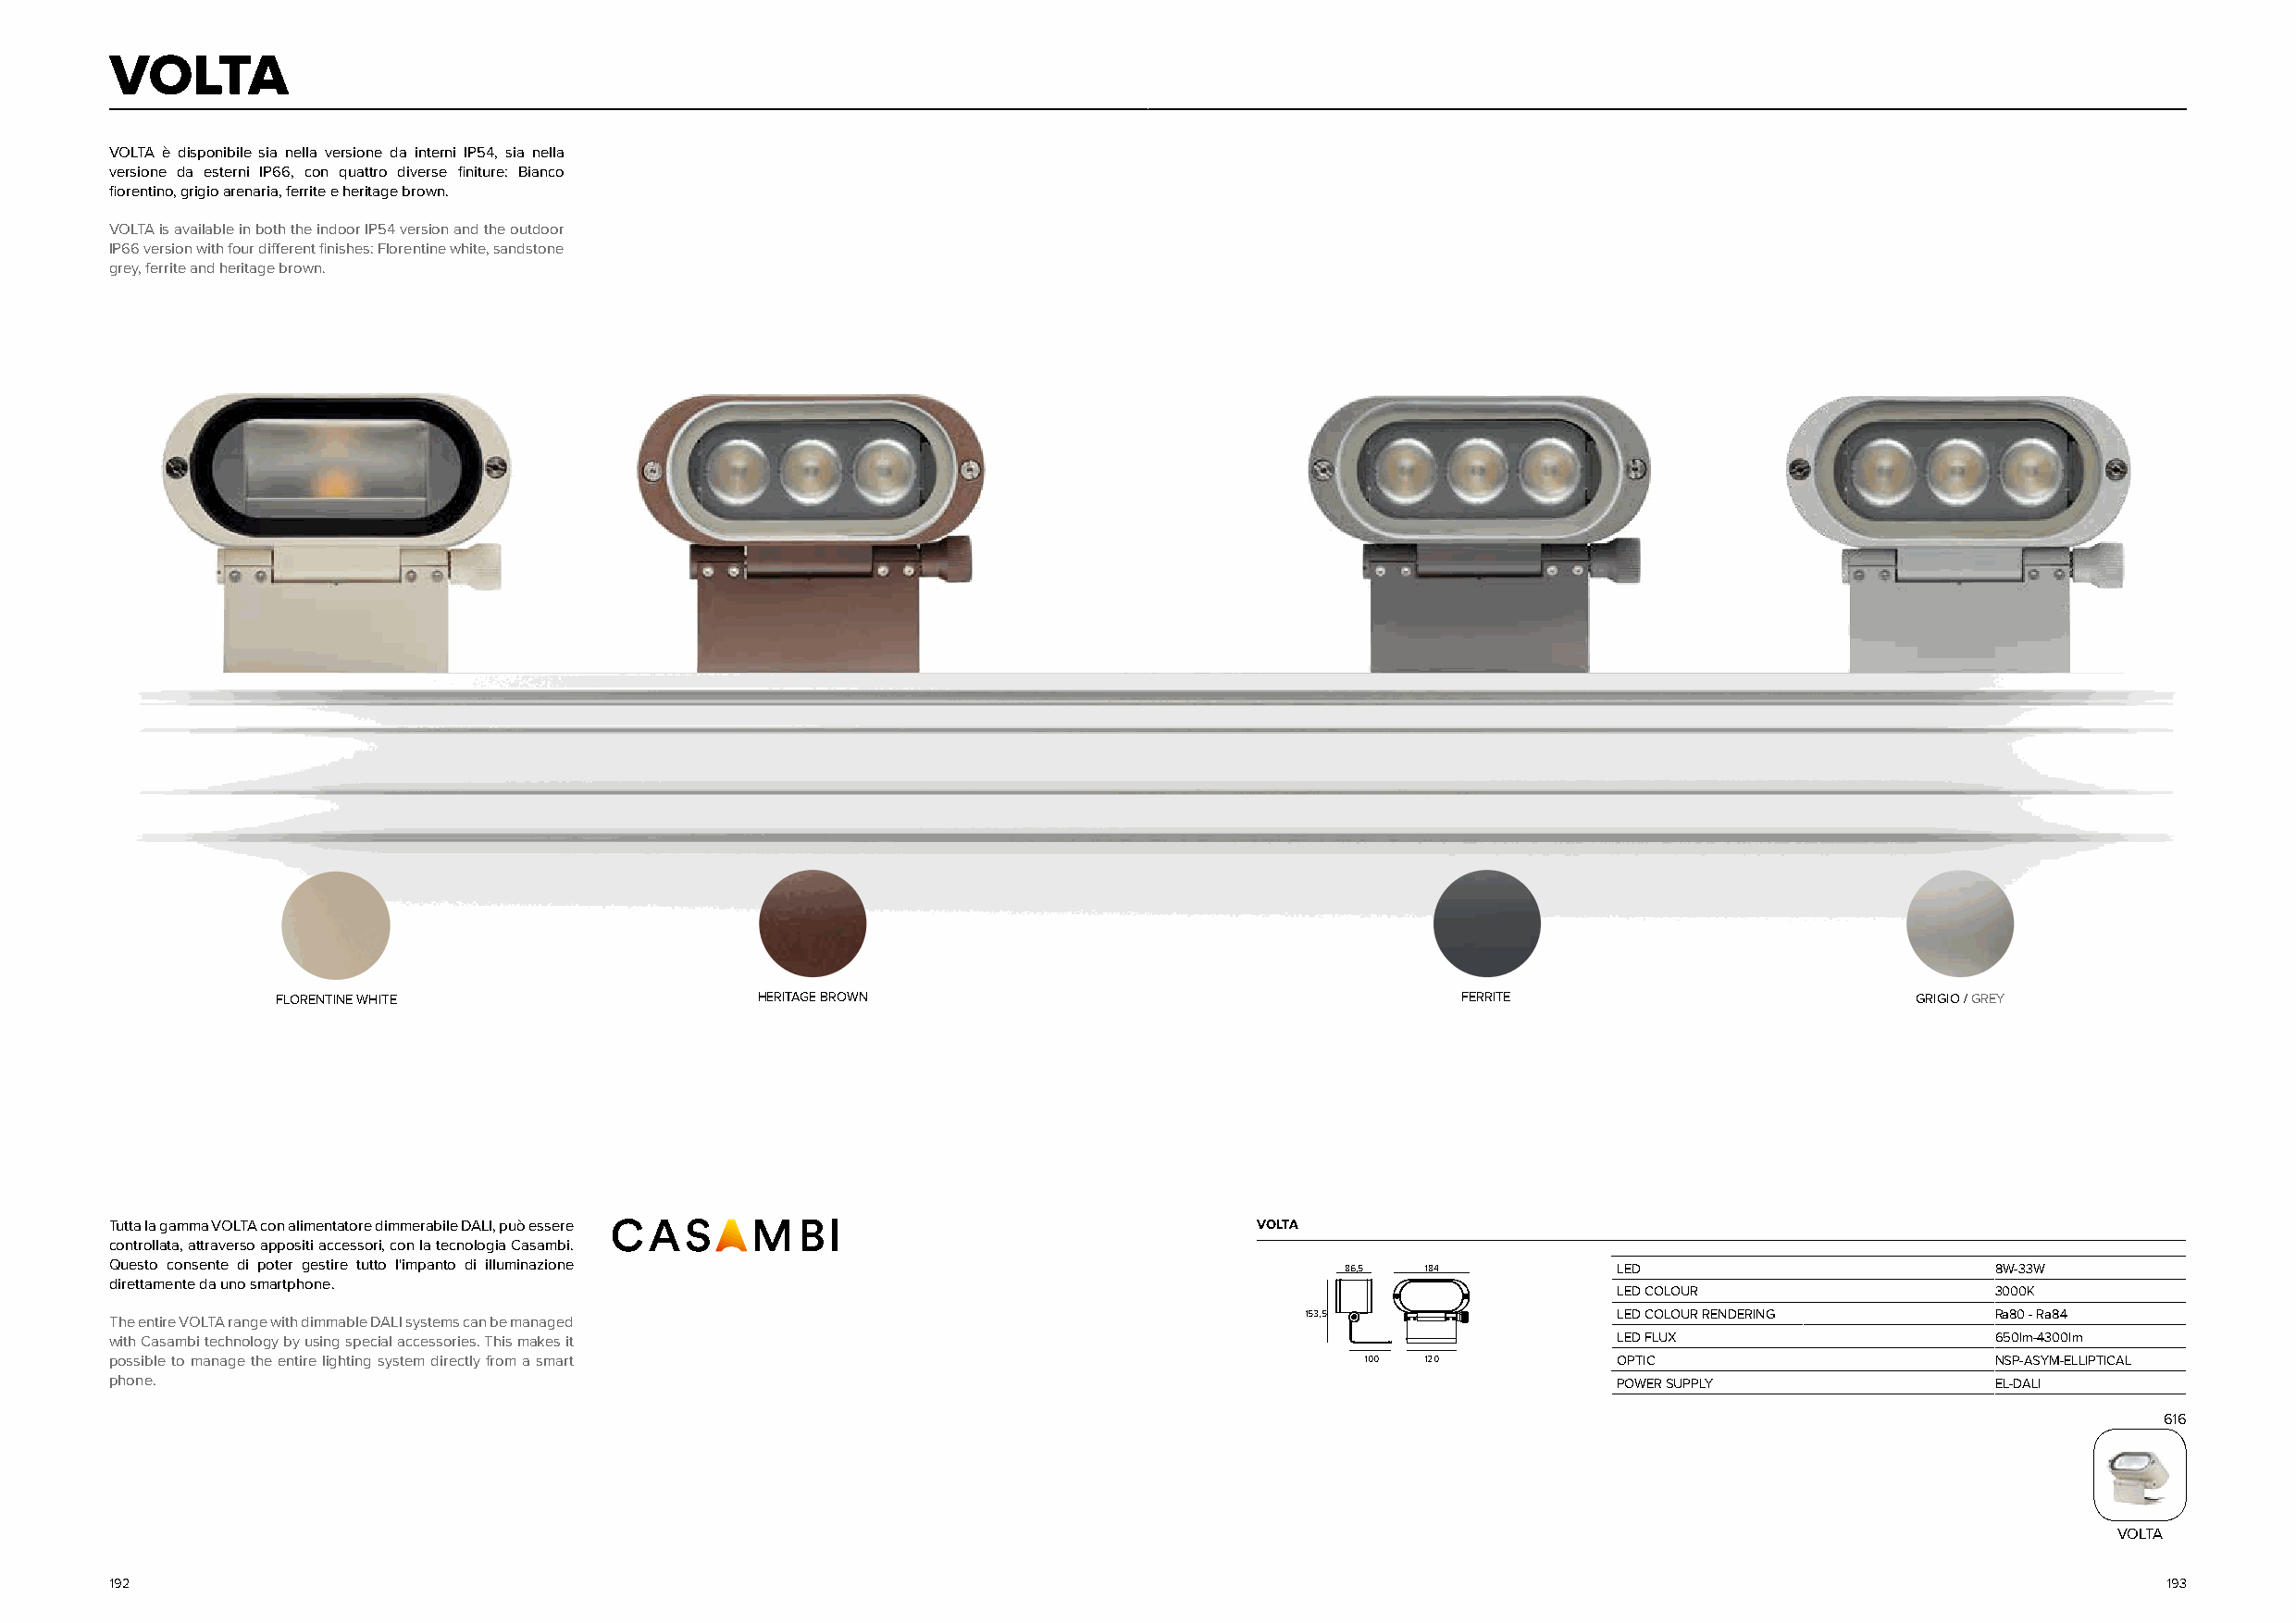
VOLTA
 VOLTA è disponibile sia nella versione da interni IP54, sia nella
 versione da esterni IP66, con quattro diverse finiture: Bianco
 fiorentino, grigio arenaria, ferrite e heritage brown.
 VOLTA is available in both the indoor IP54 version and the outdoor
 IP66 version with four different finishes: Florentine white, sandstone
 grey, ferrite and heritage brown.
 FLORENTINE WHITE                  HERITAGE BROWN                                    FERRITE                          GRIGIO / GREY
 Tutta la gamma VOLTA con alimentatore dimmerabile DALI, può essere                VOLTA
 controllata, attraverso appositi accessori, con la tecnologia Casambi.
 Questo consente di poter gestire tutto l'impanto di illuminazione                       86,5  184           LED                        8W-33W
 direttamente da uno smartphone.
 LED COLOUR                 3000K
 153,5                  LED COLOUR RENDERING       Ra80 - Ra84
 The entire VOLTA range with dimmable DALI systems can be managed
 with Casambi technology by using special accessories. This makes it                                         LED FLUX                   650lm-4300lm
 possible to manage the entire lighting system directly from a smart                       100 120           OPTIC                      NSP-ASYM-ELLIPTICAL
 phone.                                                                                                      POWER SUPPLY               EL-DALI
 616
 VOLTA
 192                                                                                                                                                193